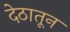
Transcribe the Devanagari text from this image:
देठातून